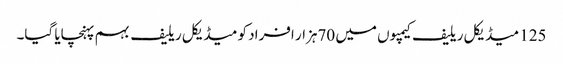
125 میڈیکل ریلیف کیمپوں میں 70ہزار افراد کو میڈیکل ریلیف بہم پہنچایا گیا۔